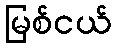
မြစ်ငယ်